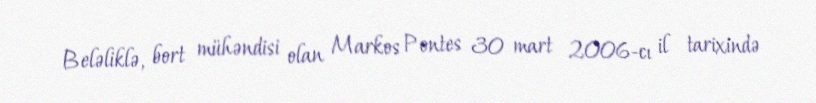
Beləliklə, bort mühəndisi olan Markos Pontes 30 mart 2006-cı il tarixində